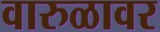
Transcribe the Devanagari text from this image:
वारुळावर